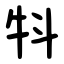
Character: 㸯